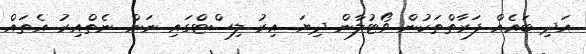
އަދި ބައެއް ފަރާތްތަކުން ވޯޓުލާން ދިޔަ އިރު ލިސްޓްގައި ނަން ނެތްއިރު އެތައް